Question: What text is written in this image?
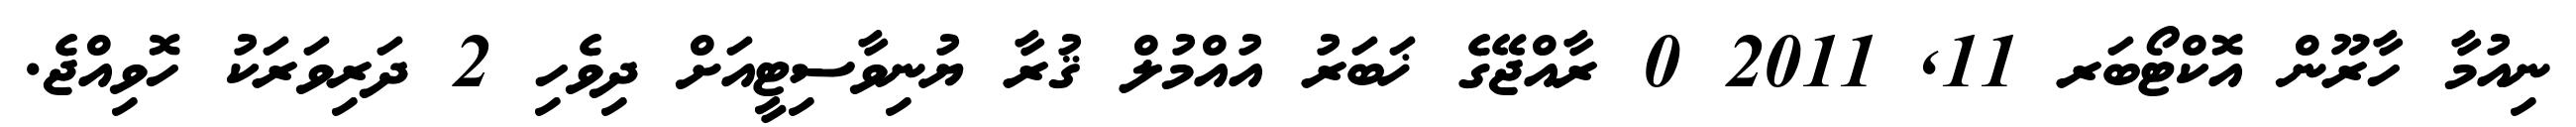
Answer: ނިއުމާ ހާރޫން އޮކްޓޯބަރ 11, 2011 0 ރާއްޖޭގެ ޚަބަރު އުއްމުލް ޤުރާ ޔުނިވާސިޓީއަށް ދިވެހި 2 ދަރިވަރަކު ހޮވިއްޖެ.